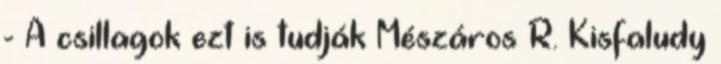
- A csillagok ezt is tudják Mészáros R. Kisfaludy